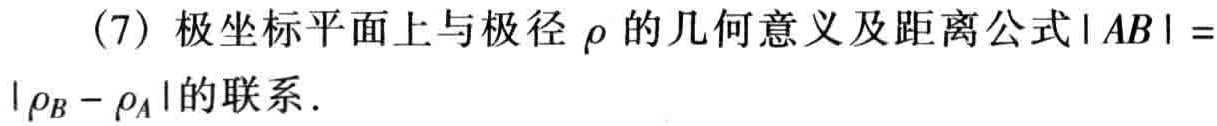
(7) 极坐标平面上与极径\(\rho\)的几何意义及距离公式\(\vert AB\vert = \vert\rho_{B}-\rho_{A}\vert\)的联系.